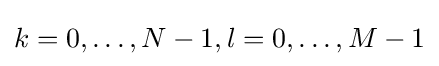
k=0,\ldots ,N-1,l=0,\ldots ,M-1